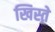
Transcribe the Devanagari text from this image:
खिस्ते